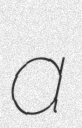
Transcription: a